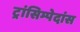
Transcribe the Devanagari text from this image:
ट्रांसिम्पेदांस